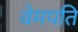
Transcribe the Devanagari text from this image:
वेमपति